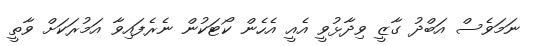
ނަމަވެސް އަބްދު ގާޒީ ވިދާޅުވީ އެއީ އެހެން ކޯޓަކުން ނެރެފައިވާ އަމުރަކަށް ވާތީ